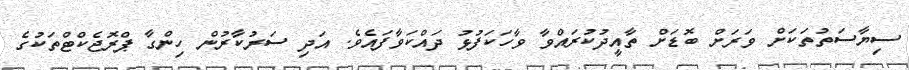
ސިޔާސަތުތަކަށް ވަރަށް ބޮޑަށް ތާއީދުކުރައްވާ ވާހަކަފުޅު ދައްކަވާފައެވެ. އަދި ސަރުކާރުން ހިންގާ ޕްރޮޖެކްޓްތަކުގެ